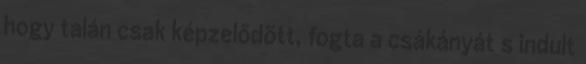
hogy talán csak képzelődött, fogta a csákányát s indult